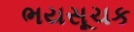
ભયસૂચક